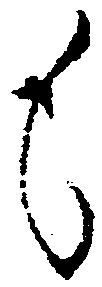
も